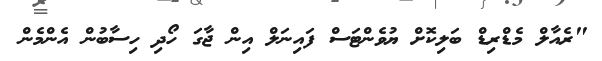
"ރެއާލް މެޑްރިޑް ބަލިކޮށް ޔުވެންޓަސް ފައިނަލް އިން ޖާގަ ހޯދި ހިސާބުން އެންމެން